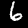
Label: 6